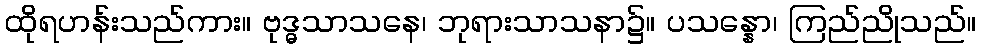
ထိုရဟန်းသည်ကား။ ဗုဒ္ဓသာသနေ၊ ဘုရားသာသနာ၌။ ပသန္နော၊ ကြည်ညိုသည်။